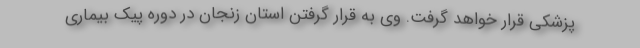
پزشکی قرار خواهد گرفت. وی به قرار گرفتن استان زنجان در دوره پیک بیماری